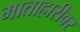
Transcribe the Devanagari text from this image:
माताहारीवर